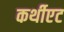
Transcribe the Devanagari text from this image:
कर्थीएट